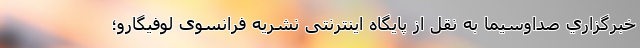
خبرگزاري صداوسيما به نقل از پایگاه اینترنتی نشریه فرانسوی لوفیگارو؛